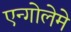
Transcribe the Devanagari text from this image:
एन्गोलेमे